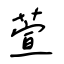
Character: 萱